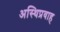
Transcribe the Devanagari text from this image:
अस्थिप्रवाह